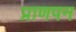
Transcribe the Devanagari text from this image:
प्राणपन